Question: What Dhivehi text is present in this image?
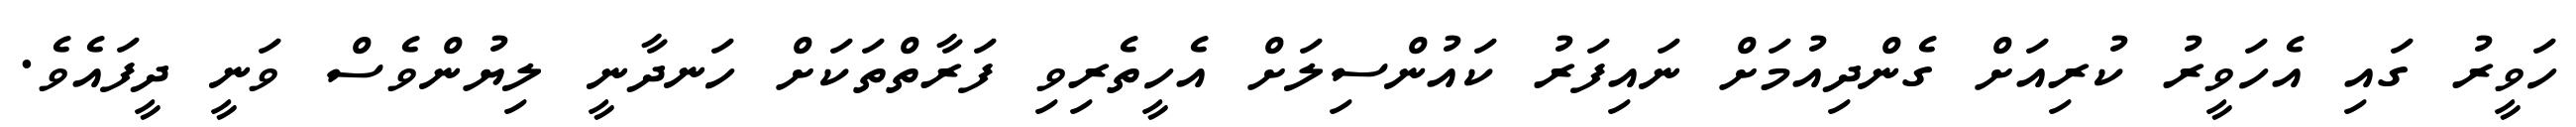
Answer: ހަވީރު ގައި އެހަވީރު ކުރިއަށް ގެންދިއުމަށް ނައިފަރު ކައުންސިލަށް އެހީތެރިވި ފަރާތްތަކަށް ހަނދާނީ ލިޔުންވެސް ވަނީ ދީފައެވެ.